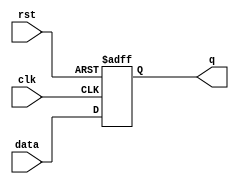
module posedge_negedge_ff (
    input clk,
    input rst,
    input data,
    output reg q
);

always @ (posedge clk or negedge rst)
begin
    if (!rst)
        q <= 1'b0;
    else
        q <= data;
end

endmodule